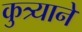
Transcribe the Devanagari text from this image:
कुत्र्याने